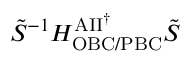
\tilde { S } ^ { - 1 } H _ { \mathrm { O B C / P B C } } ^ { \mathrm { A I I } ^ { \dag } } \tilde { S }